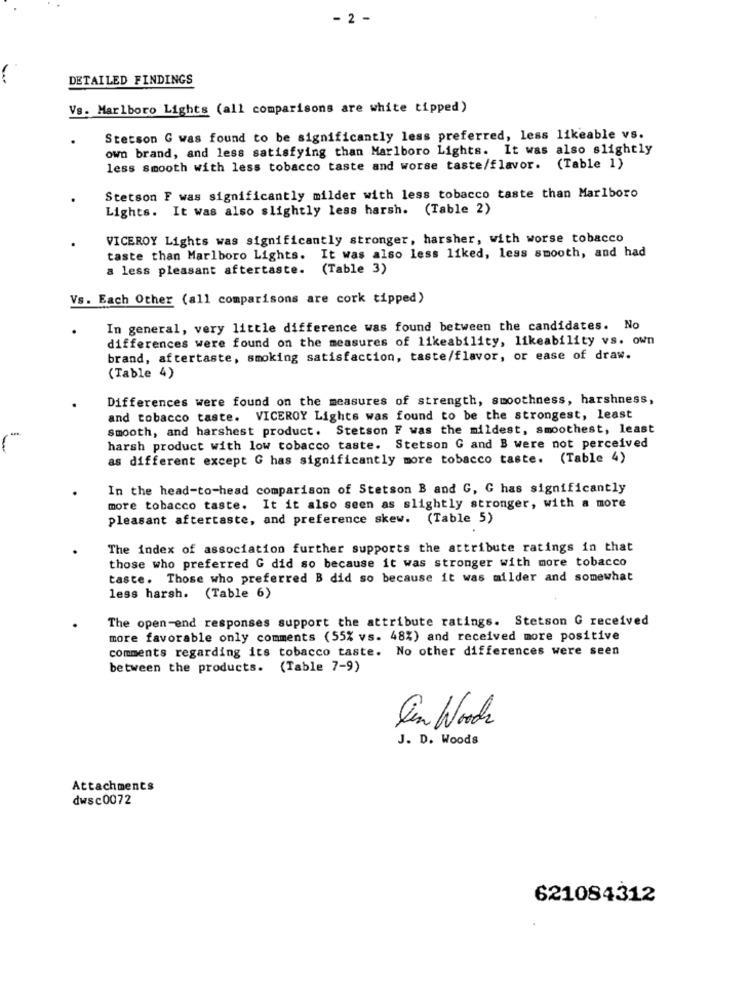
- 2 -
DETAILED FINDINGS
Vs. Marlboro Lights (all comparisons are white tipped)
Stetson G was found to be significantly less preferred, less likeable vs.
own brand, and less satisfying than Marlboro Lights. It was also slightly
less smooth with less tobacco taste and worse taste/flavor. (Table 1)
Stetson F was significantly milder with less tobacco taste than Marlboro
Lights. It was also slightly less harsh. (Table 2)
VICEROY Lights was significantly stronger, harsher, with worse tobacco
It was also less liked, less smooth, and had
taste than Marlboro Lights.
a less pleasant aftertaste.
(Table 3)
Vs. Each Other (all comparisons are cork tipped)
In general, very little difference was found between the candidates. No
differences were found on the measures of likeability, likeability vs. own
brand, aftertaste, smoking satisfaction, taste/flavor, or ease of draw.
(Table 4)
Differences were found on the measures of strength, smoothness, harshness,
and tobacco taste. VICEROY Lights was found to be the strongest, least
smooth, and harshest product. Stetson F was the mildest, smoothest, least
harsh product with low tobacco taste. Stetson G and B were not perceived
as different except G has significantly more tobacco taste. (Table 4)
In the head-to-head comparison of Stetson B and G, G has significantly
more tobacco taste.
It it also seen as slightly stronger, with a more
pleasant aftertaste, and preference skew. (Table 5)
The index of association further supports the attribute ratings in that
those who preferred G did so because it was stronger with more tobacco
taste. Those who preferred B did so because it was milder and somewhat
less harsh. (Table 6)
The open-end responses support the attribute ratings. Stetson G received
more favorable only comments (55% vs. 48%) and received more positive
comments regarding its tobacco taste. No other differences were seen
between the products. (Table 7-9)
Den Wooch
J. D. Woods
Attachments
dwsc0072
621084312